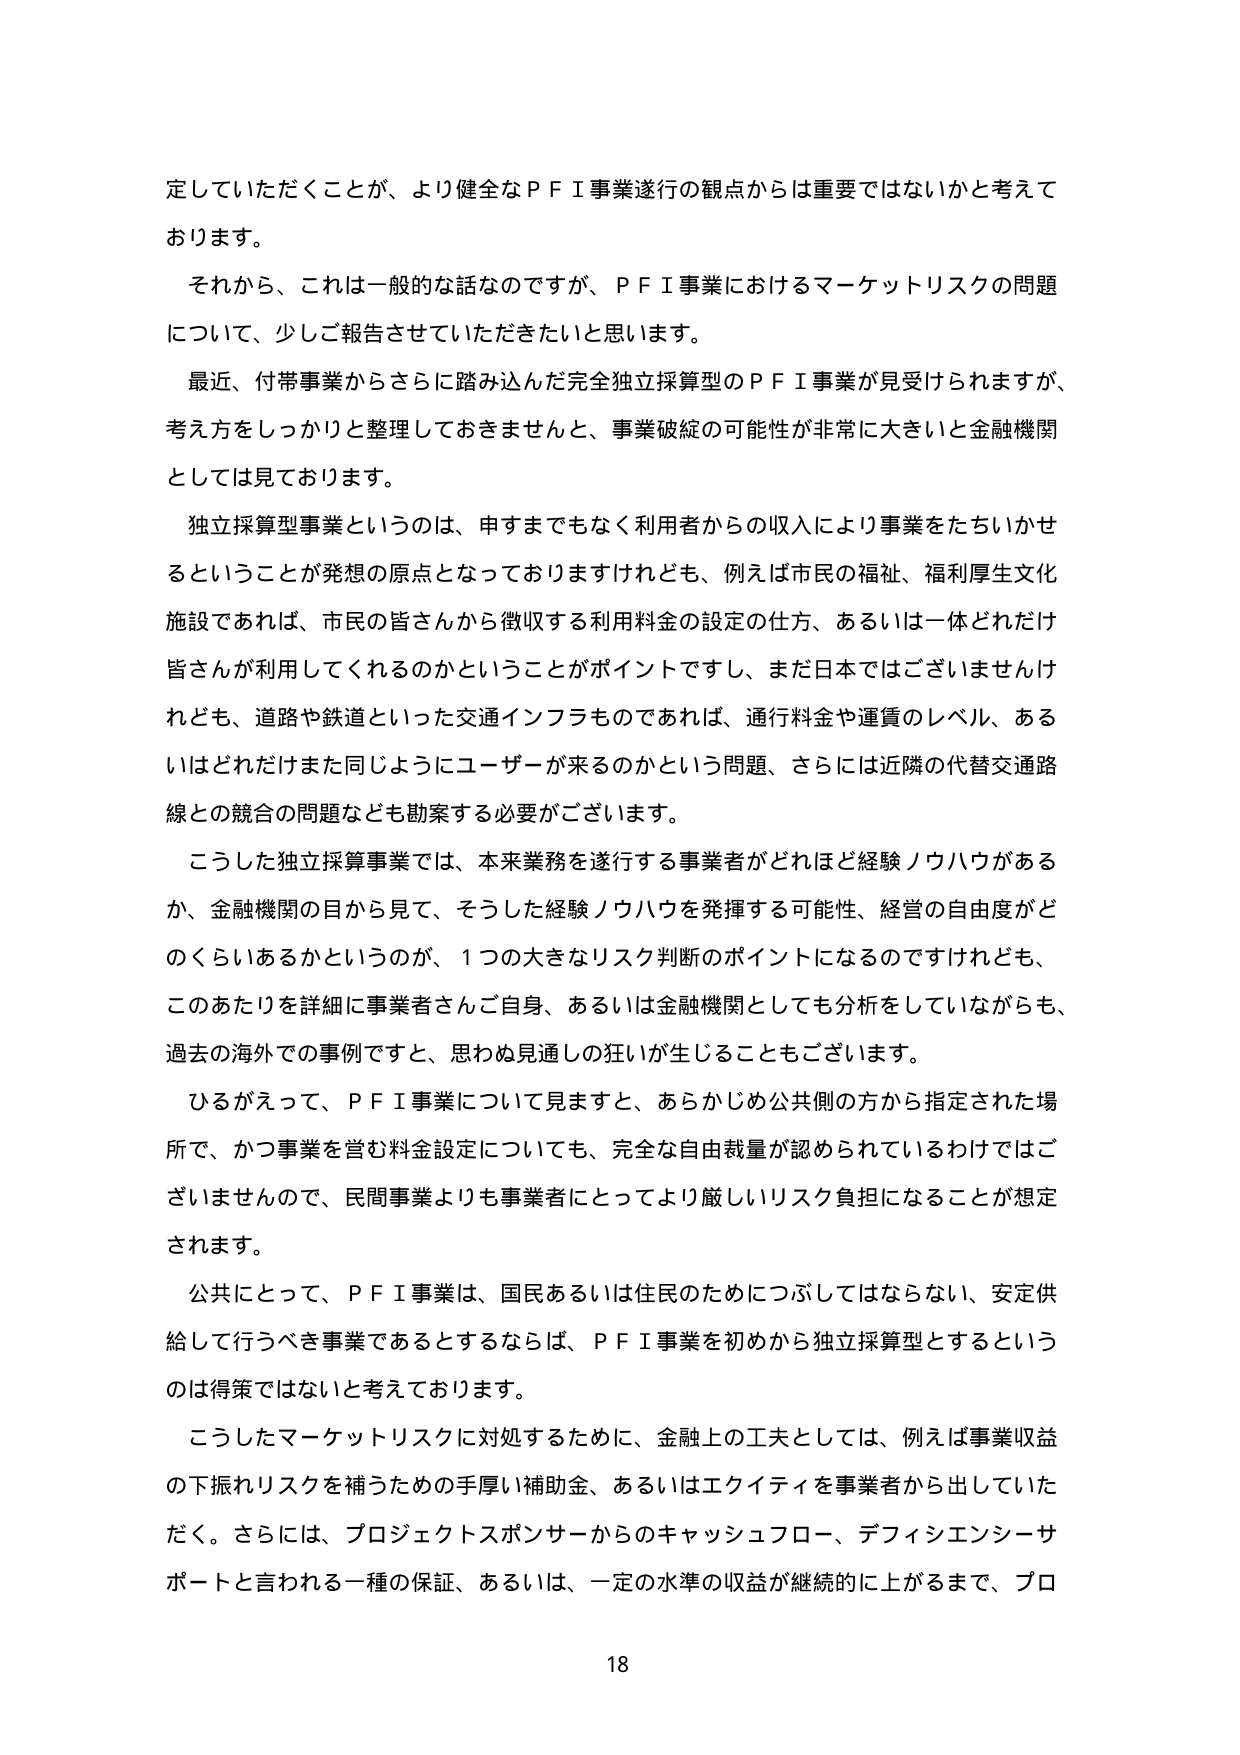
定していただくことが、より健全なＰＦＩ事業遂行の観点からは重要ではないかと考えております。

それから、これは一般的な話なのですが、ＰＦＩ事業におけるマーケットリスクの問題について、少しご報告させていただきたいと思います。

最近、付帯事業からさらに踏み込んだ完全独立採算型のＰＦＩ事業が見受けられますが、考え方をしっかりと整理しておきませんと、事業破綻の可能性が非常に大きいと金融機関としては見ております。

独立採算型事業というのは、申すまでもなく利用者からの収入により事業をたちいかせるということが発想の原点となっておりますけれども、例えば市民の福祉、福利厚生文化施設であれば、市民の皆さんから徴収する利用料金の設定の仕方、あるいは一体どれだけ皆さんが利用してくれるのかということがポイントですし、まだ日本ではございませんけれども、道路や鉄道といった交通インフラものであれば、通行料金や運賃のレベル、あるいはどれだけまた同じようにユーザーが来るのかという問題、さらには近隣の代替交通路線との競合の問題なども勘案する必要がございます。

こうした独立採算事業では、本来業務を遂行する事業者がどれほど経験ノウハウがあるか、金融機関の目から見て、そうした経験ノウハウを発揮する可能性、経営の自由度がどのくらいあるかというのが、１つの大きなリスク判断のポイントになるのですけれども、このあたりを詳細に事業者さんご自身、あるいは金融機関としても分析をしていながらも、過去の海外での事例ですと、思わぬ見通しの狂いが生じることもございます。

ひるがえって、ＰＦＩ事業について見ますと、あらかじめ公共側の方から指定された場所で、かつ事業を営む料金設定についても、完全な自由裁量が認められているわけではございませんので、民間事業よりも事業者にとってより厳しいリスク負担になることが想定されます。

公共にとって、ＰＦＩ事業は、国民あるいは住民のためにつぶしてはならない、安定供給して行うべき事業であるとするならば、ＰＦＩ事業を初めから独立採算型とするというのは得策ではないと考えております。

こうしたマーケットリスクに対処するために、金融上の工夫としては、例えば事業収益の下振れリスクを補うための手厚い補助金、あるいはエクイティを事業者から出していただく。さらには、プロジェクトスポンサーからのキャッシュフロー、デフィシエンシーサポートと言われる一種の保証、あるいは、一定の水準の収益が継続的に上がるまで、プロ

18